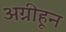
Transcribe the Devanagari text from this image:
अग्नीहून